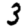
Digit: 3